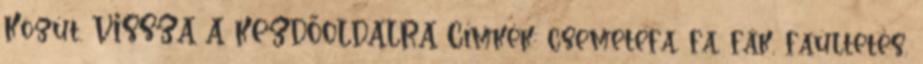
Közút. VISSZA A KEZDŐOLDALRA Címkék: csemetefa, fa, fák, faültetés,